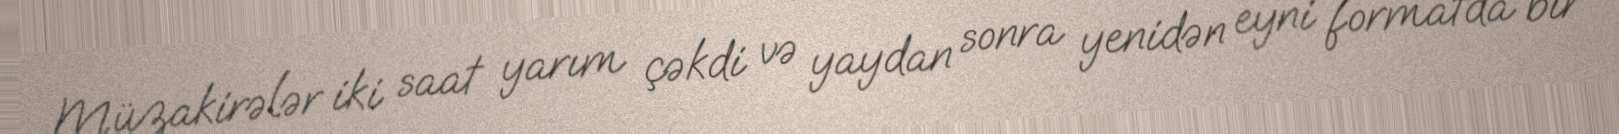
Müzakirələr iki saat yarım çəkdi və yaydan sonra yenidən eyni formatda bir